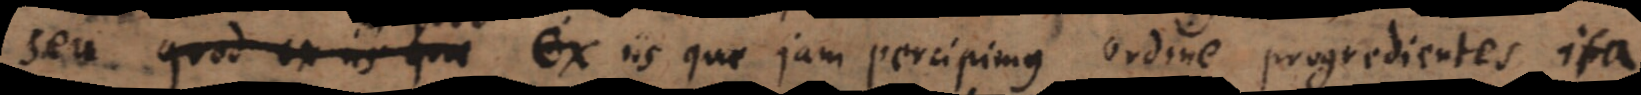
iis quae in quod ex iis quae jam percipimus ordine progredientes ita